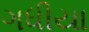
ગધીયા